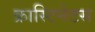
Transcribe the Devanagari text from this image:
क्रास्टिनेटस